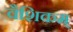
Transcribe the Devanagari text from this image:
वैशिकम्